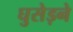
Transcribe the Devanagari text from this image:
घुसेड़ने